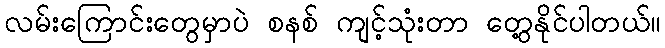
လမ်းကြောင်းတွေမှာပဲ စနစ် ကျင့်သုံးတာ တွေ့နိုင်ပါတယ်။